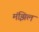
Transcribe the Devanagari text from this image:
मंझिल